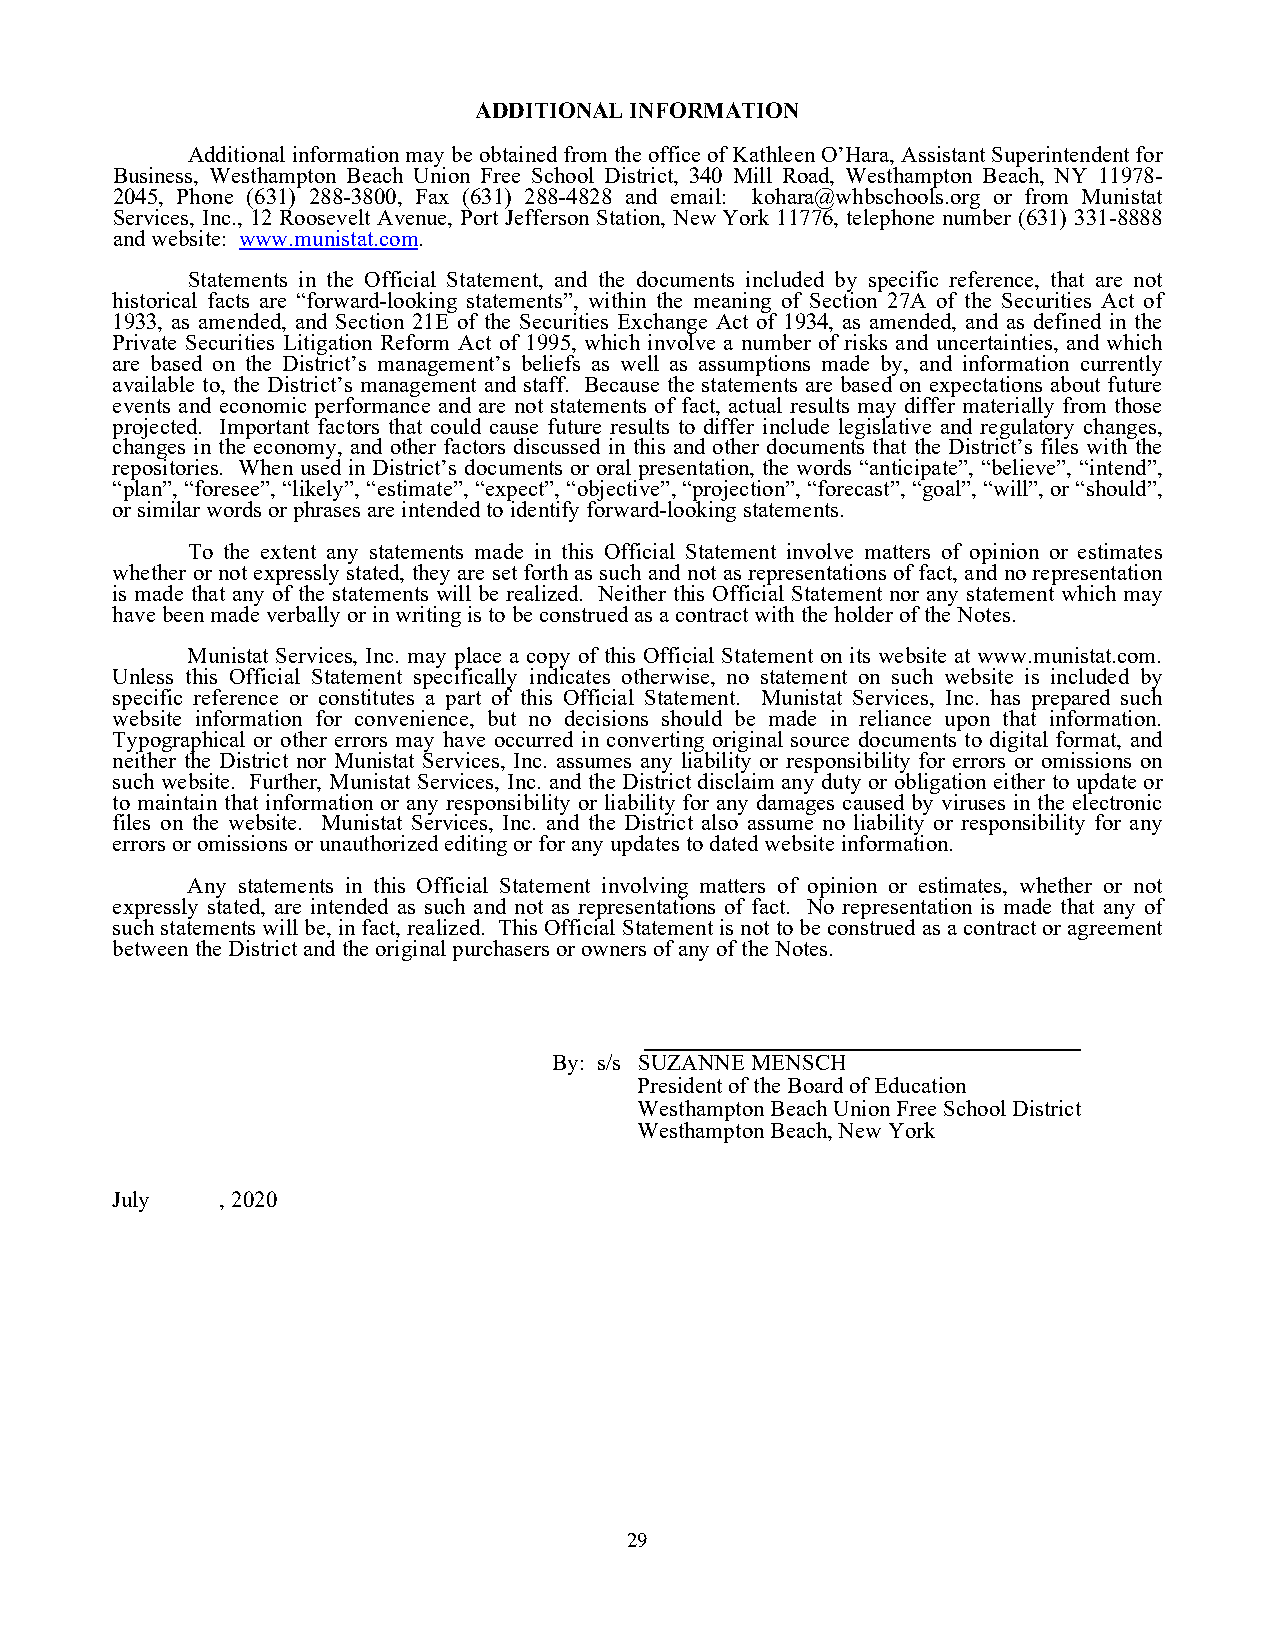
ADDITIONAL INFORMATION
 Additional information may be obtained from the office of Kathleen O’Hara, Assistant Superintendent for
 Business, Westhampton Beach Union Free School District, 340 Mill Road, Westhampton Beach, NY 11978-
 2045, Phone (631) 288-3800, Fax (631) 288-4828 and email: kohara@whbschools.org or from Munistat
 Services, Inc., 12 Roosevelt Avenue, Port Jefferson Station, New York 11776, telephone number (631) 331-8888
 and website: www.munistat.com.
 Statements in the Official Statement, and the documents included by specific reference, that are not
 historical facts are “forward-looking statements”, within the meaning of Section 27A of the Securities Act of
 1933, as amended, and Section 21E of the Securities Exchange Act of 1934, as amended, and as defined in the
 Private Securities Litigation Reform Act of 1995, which involve a number of risks and uncertainties, and which
 are based on the District’s management’s beliefs as well as assumptions made by, and information currently
 available to, the District’s management and staff. Because the statements are based on expectations about future
 events and economic performance and are not statements of fact, actual results may differ materially from those
 projected. Important factors that could cause future results to differ include legislative and regulatory changes,
 changes in the economy, and other factors discussed in this and other documents that the District’s files with the
 repositories. When used in District’s documents or oral presentation, the words “anticipate”, “believe”, “intend”,
 “plan”, “foresee”, “likely”, “estimate”, “expect”, “objective”, “projection”, “forecast”, “goal”, “will”, or “should”,
 or similar words or phrases are intended to identify forward-looking statements.
 To the extent any statements made in this Official Statement involve matters of opinion or estimates
 whether or not expressly stated, they are set forth as such and not as representations of fact, and no representation
 is made that any of the statements will be realized. Neither this Official Statement nor any statement which may
 have been made verbally or in writing is to be construed as a contract with the holder of the Notes.
 Munistat Services, Inc. may place a copy of this Official Statement on its website at www.munistat.com.
 Unless this Official Statement specifically indicates otherwise, no statement on such website is included by
 specific reference or constitutes a part of this Official Statement. Munistat Services, Inc. has prepared such
 website information for convenience, but no decisions should be made in reliance upon that information.
 Typographical or other errors may have occurred in converting original source documents to digital format, and
 neither the District nor Munistat Services, Inc. assumes any liability or responsibility for errors or omissions on
 such website. Further, Munistat Services, Inc. and the District disclaim any duty or obligation either to update or
 to maintain that information or any responsibility or liability for any damages caused by viruses in the electronic
 files on the website. Munistat Services, Inc. and the District also assume no liability or responsibility for any
 errors or omissions or unauthorized editing or for any updates to dated website information.
 Any statements in this Official Statement involving matters of opinion or estimates, whether or not
 expressly stated, are intended as such and not as representations of fact. No representation is made that any of
 such statements will be, in fact, realized. This Official Statement is not to be construed as a contract or agreement
 between the District and the original purchasers or owners of any of the Notes.
 By: s/s SUZANNE MENSCH
 President of the Board of Education
 Westhampton Beach Union Free School District
 Westhampton Beach, New York
 July    , 2020
 29